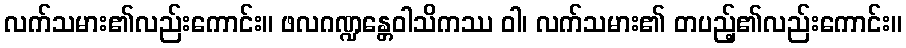
လက်သမား၏လည်းကောင်း။ ဖလဂဏ္ဍန္တေဝါသိကဿ ဝါ၊ လက်သမား၏ တပည့်၏လည်းကောင်း။